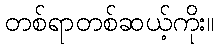
တစ်ရာတစ်ဆယ့်ကိုး။